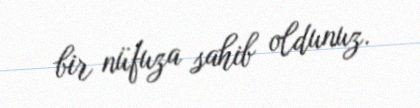
bir nüfuza sahib oldunuz.